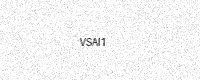
Text: VSAI1